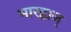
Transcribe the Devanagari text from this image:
भारद्वाज्